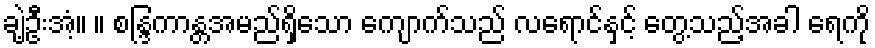
ချဲ့ဦးအံ့။ ။ စန္ဒြကာန္တအမည်ရှိသော ကျောက်သည် လရောင်နှင့် တွေ့သည့်အခါ ရေကို